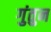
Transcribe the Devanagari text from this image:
गुंतुन